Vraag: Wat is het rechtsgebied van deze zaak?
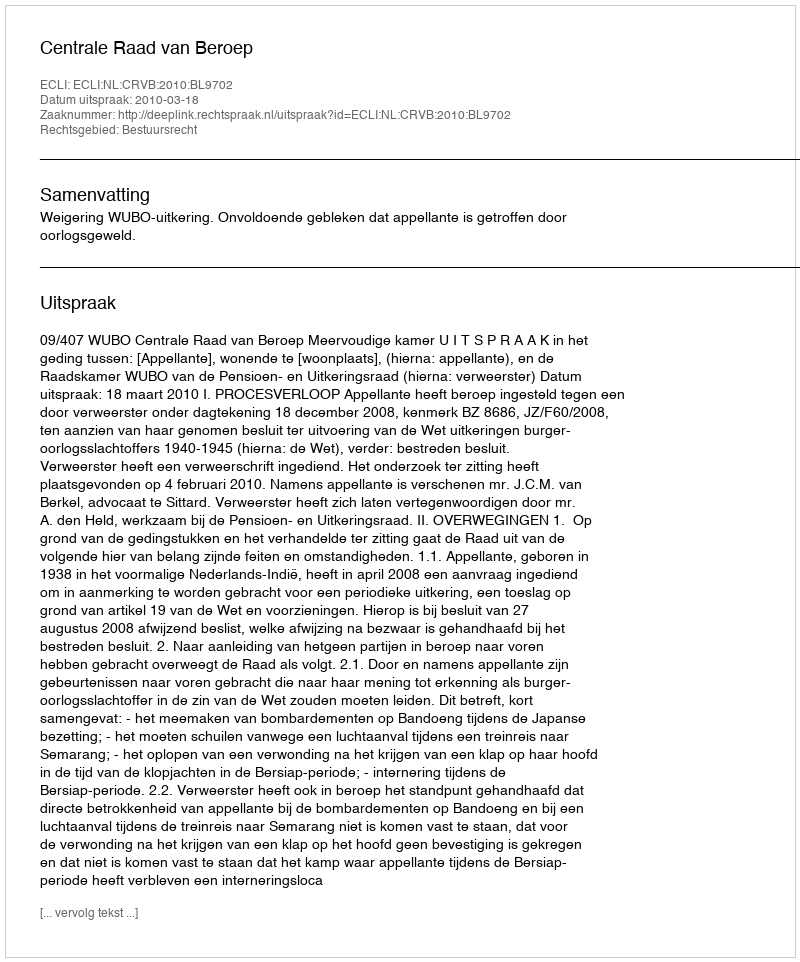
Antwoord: Bestuursrecht